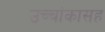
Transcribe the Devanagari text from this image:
उच्चांकासह